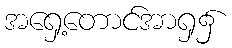
အရှေ့တောင်အာရှ၌